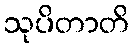
သုပိတာတိ